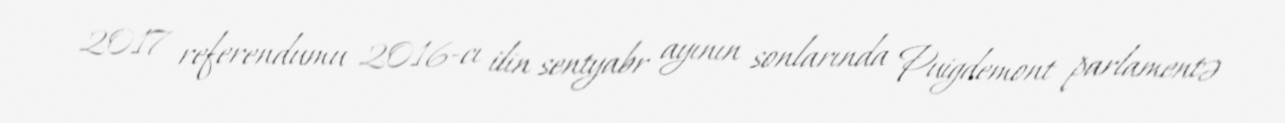
2017 referendumu 2016-cı ilin sentyabr ayının sonlarında Puigdemont parlamentə